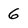
Character: 6